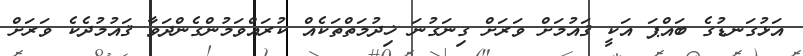
އަޅުގަނޑުގެ ބައްޕަ އަކީ ޤައުމަށް ވަރަށް ގިނަގުނަ ޚިދުމަތްތަކެއް ކުރައްވަމުންގެންދަވާ ޤައުމުދެކެ ވަރަށް